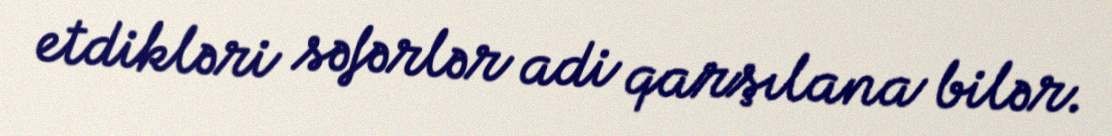
etdikləri səfərlər adi qarşılana bilər.